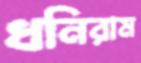
ধনিরাম